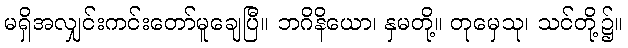
မရှိအလျှင်းကင်းတော်မူချေပြီ။ ဘဂိနိယော၊ နှမတို့။ တုမှေသု၊ သင်တို့၌။